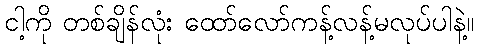
ငါ့ကို တစ်ချိန်လုံး ထော်လော်ကန့်လန့်မလုပ်ပါနဲ့။